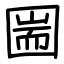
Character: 圌